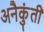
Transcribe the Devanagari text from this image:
अनैकुंती